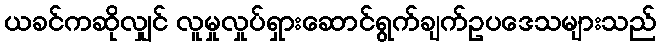
ယခင်ကဆိုလျှင် လူမှုလှုပ်ရှားဆောင်ရွက်ချက်ဥပဒေသများသည်